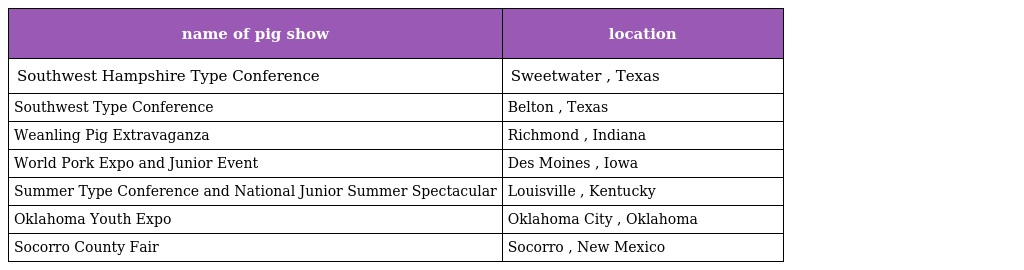
| name of pig show | location |
 | --- | --- |
 | Southwest Hampshire Type Conference | Sweetwater , Texas |
 | Southwest Type Conference | Belton , Texas |
 | Weanling Pig Extravaganza | Richmond , Indiana |
 | World Pork Expo and Junior Event | Des Moines , Iowa |
 | Summer Type Conference and National Junior Summer Spectacular | Louisville , Kentucky |
 | Oklahoma Youth Expo | Oklahoma City , Oklahoma |
 | Socorro County Fair | Socorro , New Mexico |